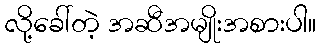
လို့ခေါ်တဲ့ အဆီအမျိုးအစားပါ။